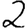
Digit: 2